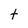
Character: t